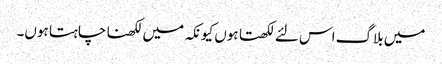
میں بلاگ اس لئے لکھتا ہوں کیونکہ میں لکھنا چاہتا ہوں۔